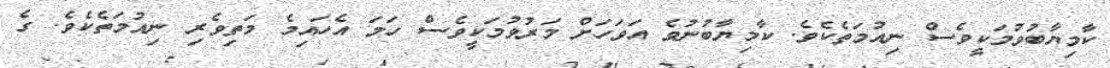
ކާމިޔާބުވުމަކީވެސް ނިއުމަތެކެވެ. ކާމިޔާބުނުވެ އަވަހަށް މަރުވުމަކީވެސް ހަމަ އެހައިމެ މަތިވެރި ނިއުމަތެކެވެ. ގެ